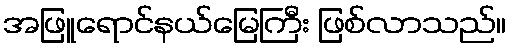
အဖြူရောင်နယ်မြေကြီး ဖြစ်လာသည်။